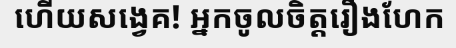
ហើយសង្វេគ! អ្នកចូលចិត្តរឿងហែក